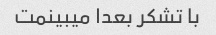
با تشکر بعدا میبینمت